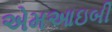
એમઆઇબી